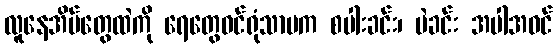
လူနေအိမ်တွေထဲကို ရေတွေဝင်ရုံသာမက စပါးခင်း၊ ပဲခင်း အပါအဝင်